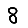
Digit: 8